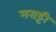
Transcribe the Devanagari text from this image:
मराट्टी